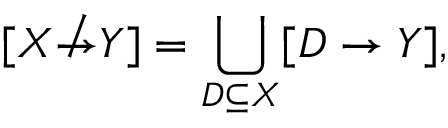
[ X \not \to Y ] = \bigcup _ { D \subseteq { X } } [ D \to Y ] ,